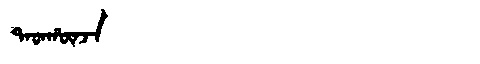
Manchu: ᡨᠠᡨᡥᡡᠨᠵᠠ
Romanization: TATHŪNJA